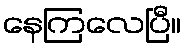
နေကြလေပြီ။